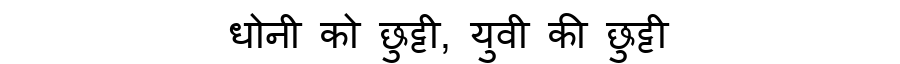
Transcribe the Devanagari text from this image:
धोनी को छुट्टी, युवी की छुट्टी